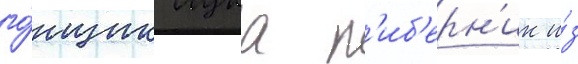
го́нщик лука п'иб'ерн'ик и́з